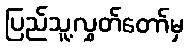
ပြည်သူ့လွှတ်တော်မှ